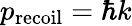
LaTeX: p_{\mathrm{recoil}}=\hbar k